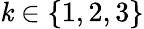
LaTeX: \mathit{k}\in\{ 1,2,3\}